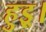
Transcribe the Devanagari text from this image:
हुइ्र।